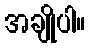
အချိုပါ။